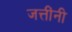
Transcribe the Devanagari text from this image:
जत्तींनी